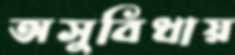
অসুবিধায়